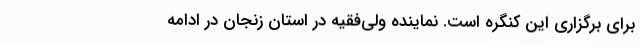
برای برگزاری این کنگره است. نماینده ولی‌فقیه در استان زنجان در ادامه